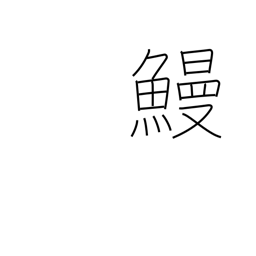
Meaning: eel